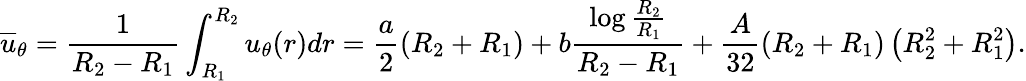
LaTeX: \overline{{u}}_{\theta}=\frac{1}{R_{2}-R_{1}}\int_{R_{1}}^{R_{2}}u_{\theta}(r)dr=\frac{a}{2}\left(R_{2}+R_{1}\right)+b\frac{\log{\frac{R_{2}}{R_{1}}}}{R_{2}-R_{1}}+\frac{A}{32}\left(R_{2}+R_{1}\right)\left(R_{2}^{2}+R_{1}^{2}\right).